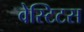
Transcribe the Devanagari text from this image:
वेस्टिटस